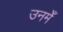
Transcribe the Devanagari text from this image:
उनमेँ